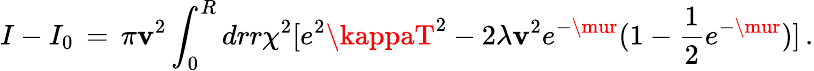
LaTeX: I-I_{0}\, =\, \pi\mathbf{v}^{2}\int_{0}^{R}drr\chi^{2}[e^{2}\kappaT^{2}-2\lambda\mathbf{v}^{2}e^{-\mur}(1-{\frac{{1}}{{2}}}e^{-\mur})]\, .